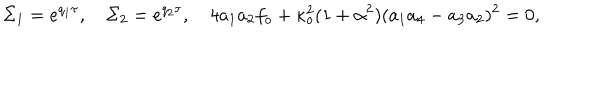
\Sigma _ { 1 } = e ^ { q _ { 1 } \tau } , \quad \Sigma _ { 2 } = e ^ { q _ { 2 } \tau } , \quad 4 a _ { 1 } a _ { 2 } f _ { o } + \kappa _ { o } ^ { 2 } ( 1 + \alpha ^ { 2 } ) ( a _ { 1 } a _ { 4 } - a _ { 3 } a _ { 2 } ) ^ { 2 } = 0 ,